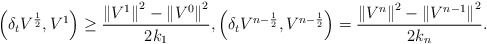
\begin{align*} \left(\delta_tV^{\frac{1}{2}}, V^{1}\right)\geq \frac{\left\|V^{1}\right\|^2- \left\|V^{0}\right\|^2}{2k_1}, \left(\delta_tV^{n-\frac{1}{2}}, V^{n-\frac{1}{2}}\right) =\frac{\left\|V^{n}\right\|^2- \left\|V^{n-1}\right\|^2}{2k_n}. \end{align*}